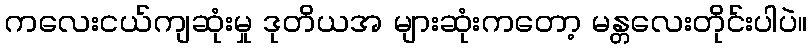
ကလေးငယ်ကျဆုံးမှု ဒုတိယအ များဆုံးကတော့ မန္တလေးတိုင်းပါပဲ။